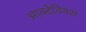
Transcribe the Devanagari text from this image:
आक्टेवियस